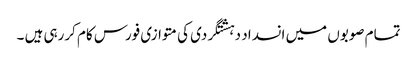
تمام صوبوں میں انسداد دہشتگردی کی متوازی فورس کام کررہی ہیں ۔